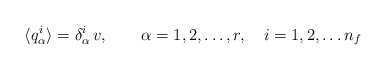
\begin{align*}\langle q_{\alpha }^i \rangle = \delta_{\alpha }^i \, v, \qquad \alpha =1,2,\ldots, r, \quad i=1,2,\ldots n_f\end{align*}